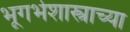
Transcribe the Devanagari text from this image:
भूगर्भशास्त्राच्या